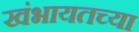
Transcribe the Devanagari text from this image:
खंभायतच्या